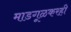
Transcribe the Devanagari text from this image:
माडगूळकरही